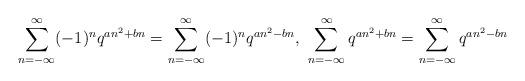
LaTeX: \begin{align*}\sum^{\infty}_{n=-\infty}(-1)^nq^{an^2+bn}=\sum^{\infty}_{n=-\infty}(-1)^nq^{an^2-bn}\textrm{, }\sum^{\infty}_{n=-\infty}q^{an^2+bn}=\sum^{\infty}_{n=-\infty}q^{an^2-bn}\end{align*}